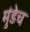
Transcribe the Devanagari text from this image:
मुंडेच